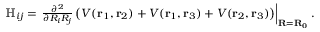
\begin{array} { r } { \mathbb { H } _ { i j } = \left. \frac { \partial ^ { 2 } } { \partial R _ { i } R _ { j } } \left( V ( \mathbf { r } _ { 1 } , \mathbf { r } _ { 2 } ) + V ( \mathbf { r } _ { 1 } , \mathbf { r } _ { 3 } ) + V ( \mathbf { r } _ { 2 } , \mathbf { r } _ { 3 } ) \right) \right| _ { \mathbf { R } = \mathbf { R _ { 0 } } } . } \end{array}